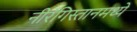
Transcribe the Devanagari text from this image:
नीरंगिस्तानमध्ये